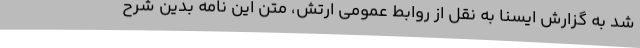
شد به گزارش ایسنا به نقل از روابط عمومی ارتش، متن این نامه بدین شرح